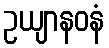
ဥယျာနဝနံ